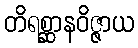
တိရစ္ဆာနဝိဇ္ဇာယ